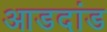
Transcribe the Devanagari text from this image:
आडदांड